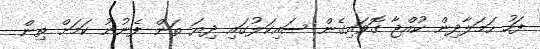
ފަހު ހަމަލާދިން ކުއްޖާ ގޮވައިގެން ސައިކަލުގައި ދިޔަ ތަން ފެނުނު ކަމަށް ތިން